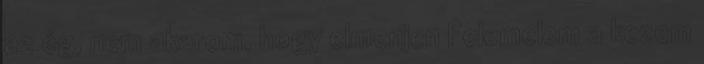
az ég, nem akarom, hogy elmenjen Felemelem a kezem